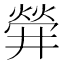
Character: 𤌌